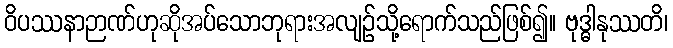
ဝိပဿနာဉာဏ်ဟုဆိုအပ်သောဘုရားအလျဉ်သို့ရောက်သည်ဖြစ်၍။ ဗုဒ္ဓါနုဿတိ၊